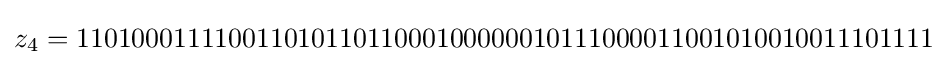
z_{4}=11010001111001101011011000100000010111000011001010010011101111